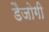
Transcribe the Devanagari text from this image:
डैजोगी